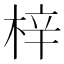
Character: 梓